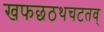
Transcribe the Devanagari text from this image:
खफछठथचटतव्